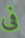
فى